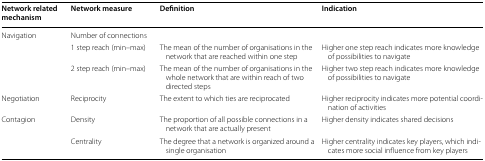
<table><thead><tr><td><b>Network related mechanism</b></td><td><b>Network measure</b></td><td><b>Definition</b></td><td><b>Indication</b></td></tr></thead><tbody><tr><td>Navigation</td><td>Number of connections</td><td></td><td></td></tr><tr><td></td><td>1 step reach (min–max)</td><td>The mean of the number of organisations in the network that are reached within one step</td><td>Higher one step reach indicates more knowledge of possibilities to navigate</td></tr><tr><td></td><td>2 step reach (min–max)</td><td>The mean of the number of organisations in the whole network that are within reach of two directed steps</td><td>Higher two step reach indicates more knowledge of possibilities to navigate</td></tr><tr><td>Negotiation</td><td>Reciprocity</td><td>The extent to which ties are reciprocated</td><td>Higher reciprocity indicates more potential coordination of activities</td></tr><tr><td>Contagion</td><td>Density</td><td>The proportion of all possible connections in a network that are actually present</td><td>Higher density indicates shared decisions</td></tr><tr><td></td><td>Centrality</td><td>The degree that a network is organized around a single organisation</td><td>Higher centrality indicates key players, which indicates more social influence from key players</td></tr></tbody></table>